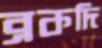
ব্রকদি